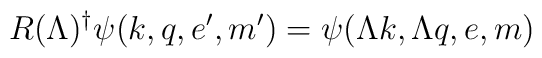
R(\Lambda)^\dagger\psi(k,q,e',m')=\psi(\Lambda k,\Lambda q,e,m)